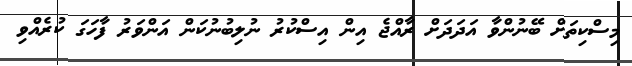
މިސްކިތަށް ބޭނުންވާ އަދަދަށް ރާއްޖެ އިން އިސްކުރު ނުލިބުނުކަން އަންވަރު ފާހަގަ ކުރެއްވި